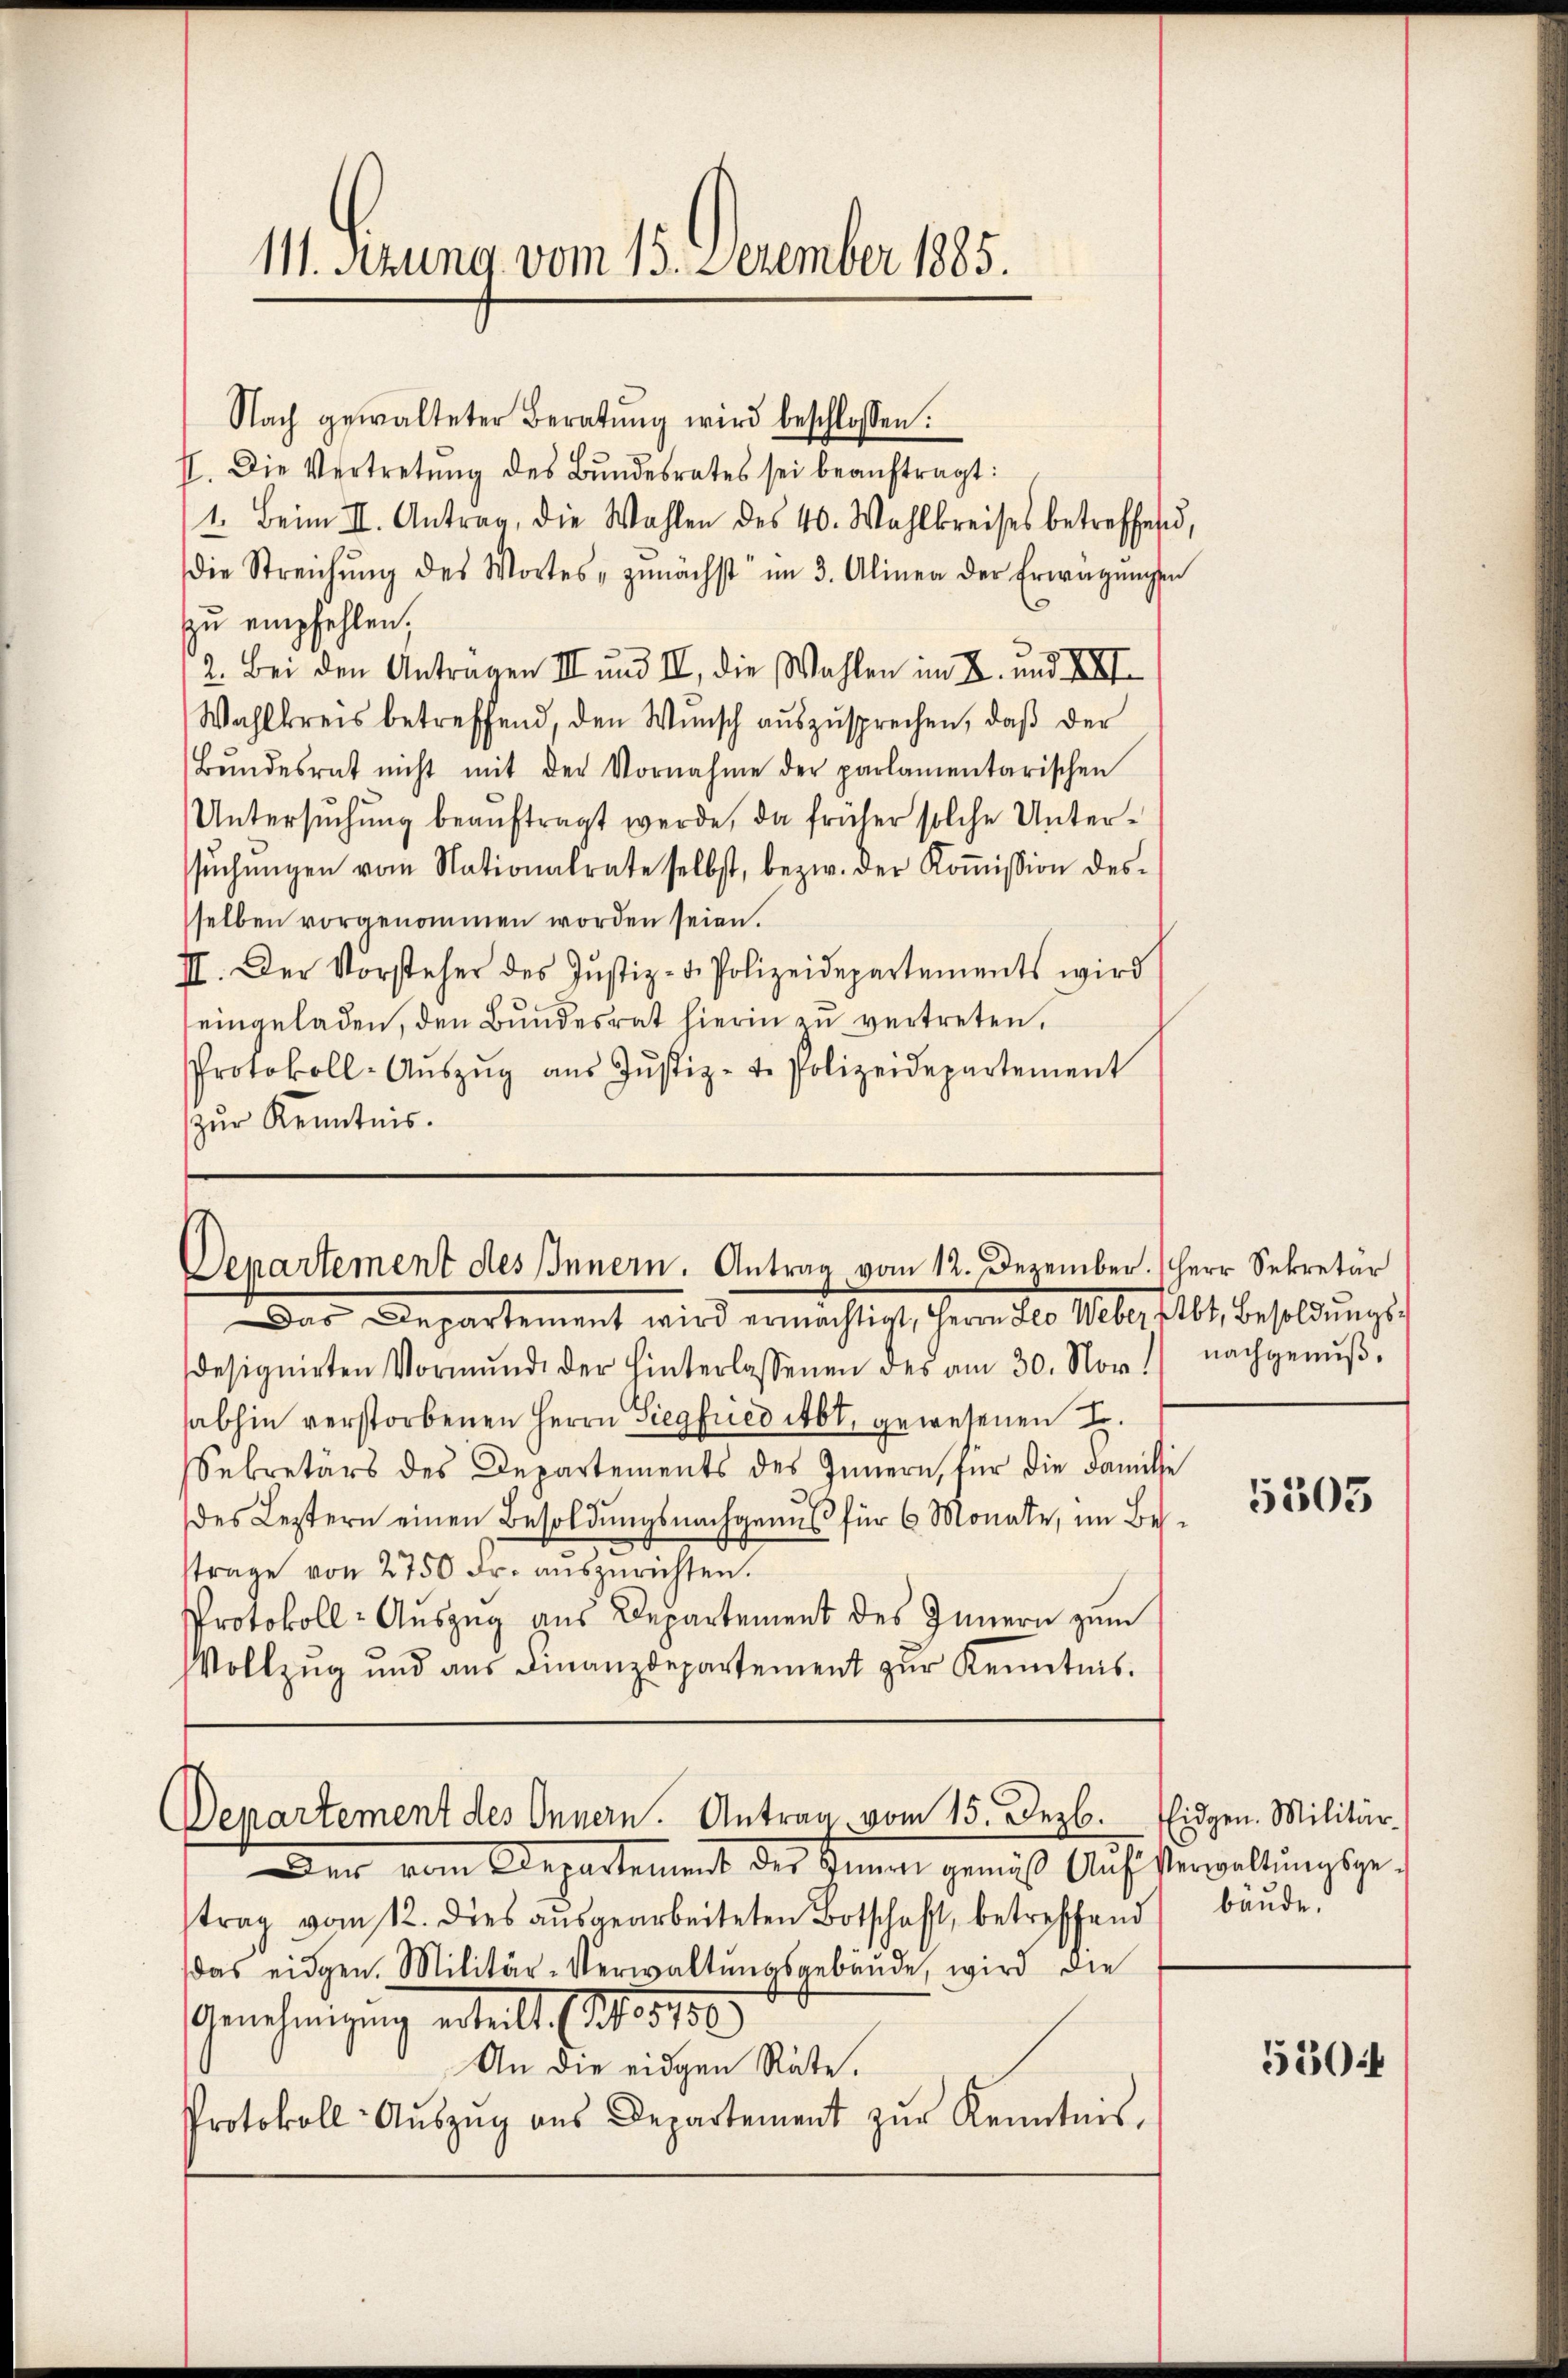
111. dirung vom 15. December 1885.

Nach gewalteter Beratŭng wird beschlossen:
II. Die Vertretŭng des Bundesrates sei beaŭftragt:
1. Beim II. Antrag, die Wahlen des 40. Wahlkreises betreffen,
die Streichŭng des Wortes zunächst im 3. Alinea der Erwägŭngen
zu empfehlen,
2. Bei den Anträgen II und II, die Wahlen im 2. und XXI
Wahlkreis betreffend, den Wŭnsch aŭszŭsprechen, daβ der
Bŭndesrat nicht mit der Vornahme der parlamentarischen
Untersuchung beauftragt werde, da früher solche Unterssŭchŭngen vom Nationalrate selbst, bezw. der Koṁission des
sselben vorgenommen worden seien.
III. Der Vorsteher des Jŭstiz- & Polizeidepartements wird
eingeladen, den Bŭndesrat hierin zŭ vertreten,
Protokoll-Aŭszŭg aŭs Jŭstiz-t. Polizeidepartement
zur Kenntnis.

Das Departement wird ermächtigt, Herrn Leo Weber Eibt, Besoldungsdesignirten Vormŭnde der hinterlassenen des am 30. Nov. 1) nachgenŭβ-
abhin verstorbenen Herrn Siegfried ibt, gewesenen L.
Sekretärs des Departements des Innern, für die Familie
des Leztern einen Besoldungsnachgenuß für 6 Monate, im Bestrage von 2750 Fr. aŭszŭrichten.
Protokoll- Auszug aus Departement des Innern zum
Vollzŭg und aŭs Finanzdepartement zŭr Kenntnis.

Der vom Departement des Innen gemäβ Aŭf Verwaltŭngsgetrag vom 12. dies ausgearbeiteten Botschaft, betreffend bäude,
das eidgen. Militär-Verwaltŭngsgebäŭde, wird die
Genehmigung erteilt (des 1850.
An die eidgen Räte.
Protokoll- Aŭszŭg aŭs Departement zŭr Kenntnis.

Departement des Innern. Antrag vom 12. Dezember.

Departement des Innern. Antrag vom 15. Dezb. Eidgen. Militär-

Herr Sekretär

5303

5504